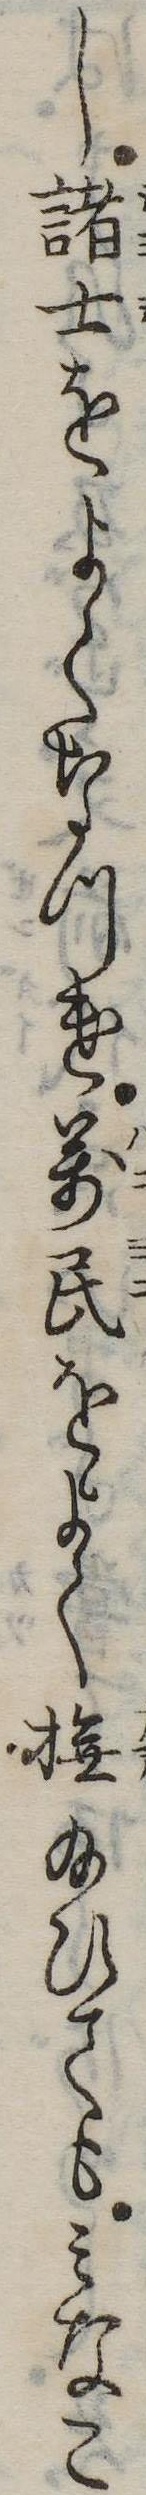
し諸士をよくなつけ万民をよく撫給ひてもみなこ